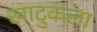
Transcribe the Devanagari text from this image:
खाटुकला